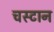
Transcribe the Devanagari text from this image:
चस्टान